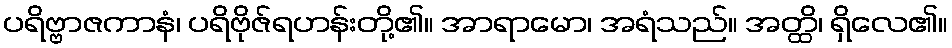
ပရိဗ္ဗာဇကာနံ၊ ပရိဗိုဇ်ရဟန်းတို့၏။ အာရာမော၊ အရံသည်။ အတ္ထိ၊ ရှိလေ၏။